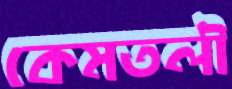
কেমতলী